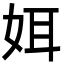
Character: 㛅